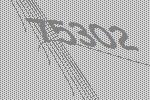
75302